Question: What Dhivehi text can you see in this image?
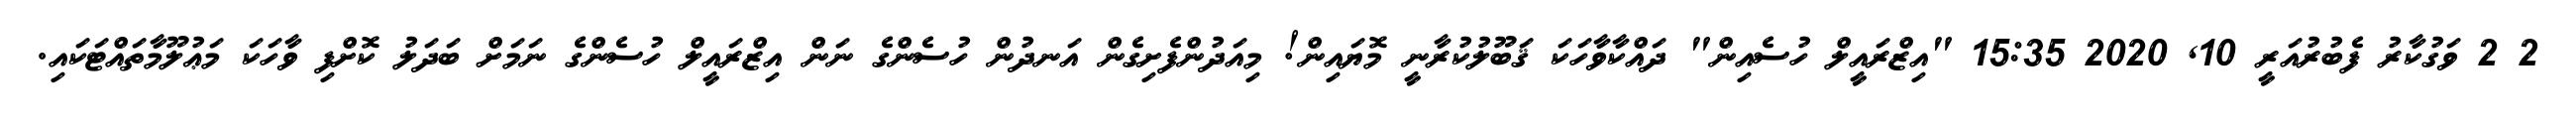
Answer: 2 2 ވަގުކާރު ފެބުރުއަރީ 10, 2020 15:35 "އިޒްރައީލް ހުސެއިން" ދައްކާވާހަކަ ޤަބޫލުކުރާނީ މޮޔައިން! މިއަދުންފެށިގެން އަނދުން ހުސެންގެ ނަން އިޒްރައީލް ހުސެންގެ ނަމަށް ބަދަލު ކޮށްފި ވާހަކަ މަޢުލޫމާތައްޓަކައި.